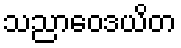
သညာဝေဒယိတ